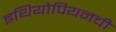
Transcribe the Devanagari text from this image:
इथियोपियनची